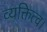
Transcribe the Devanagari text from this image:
व्यक्तित्व।